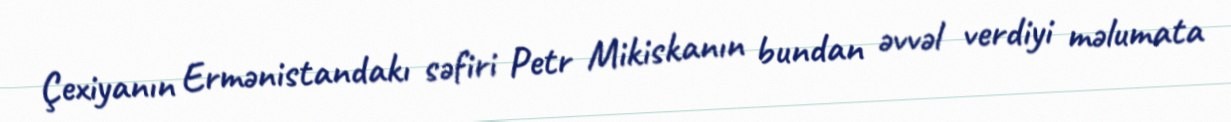
Çexiyanın Ermənistandakı səfiri Petr Mikiskanın bundan əvvəl verdiyi məlumata